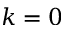
k = 0